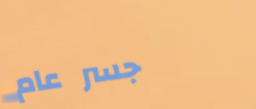
جسر عام